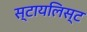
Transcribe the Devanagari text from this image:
स्टायलिस्ट